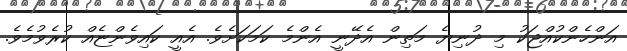
އަންހެންކުއްޖަކު މި ދުނިޔެ މަތިން އެދޭނީ އެންމެ ކަމަކަށެވެ. އެއީ ކައިވެންޏެއް ކުރެވުމެވެ.